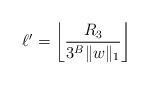
LaTeX: \begin{align*}\ell' = \left\lfloor \frac{R_3}{3^B \|w\|_1} \right\rfloor\end{align*}